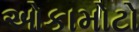
ઓકામોટો